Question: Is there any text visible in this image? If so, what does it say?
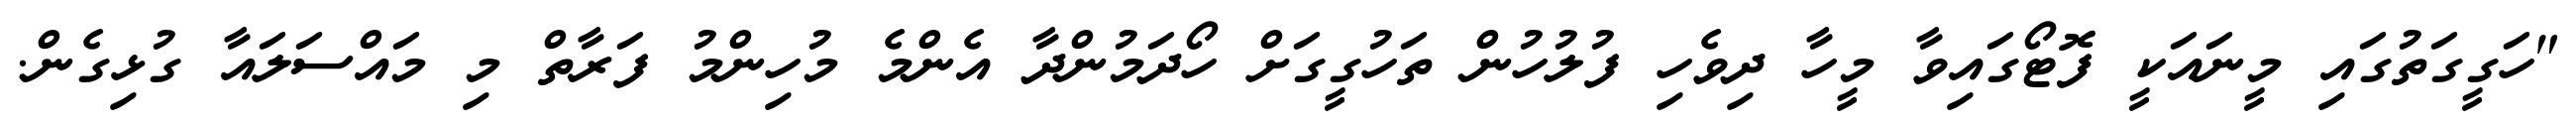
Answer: "ހަގީގަތުގައި މީނައަކީ ފޮޓޯގައިވާ މީހާ ދިވެހި ފުލުހުން ތަހުގީގަށް ހޯދަމުންދާ އެންމެ މުހިންމު ފަރާތް މި މައްސަލައާ ގުޅިގެން.